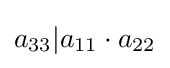
a_{33}|a_{11}\cdot a_{22}